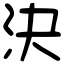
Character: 決